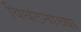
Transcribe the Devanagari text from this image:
विघटनाच्या